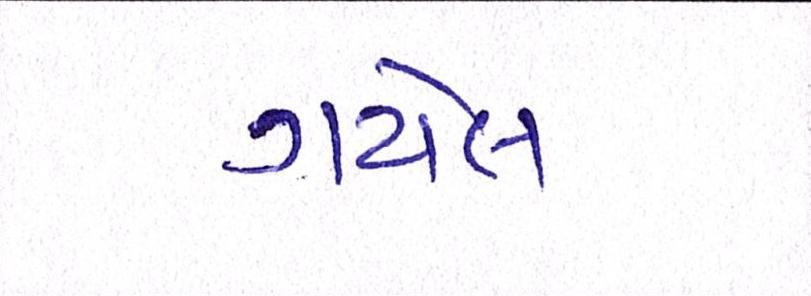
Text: ગયેલ